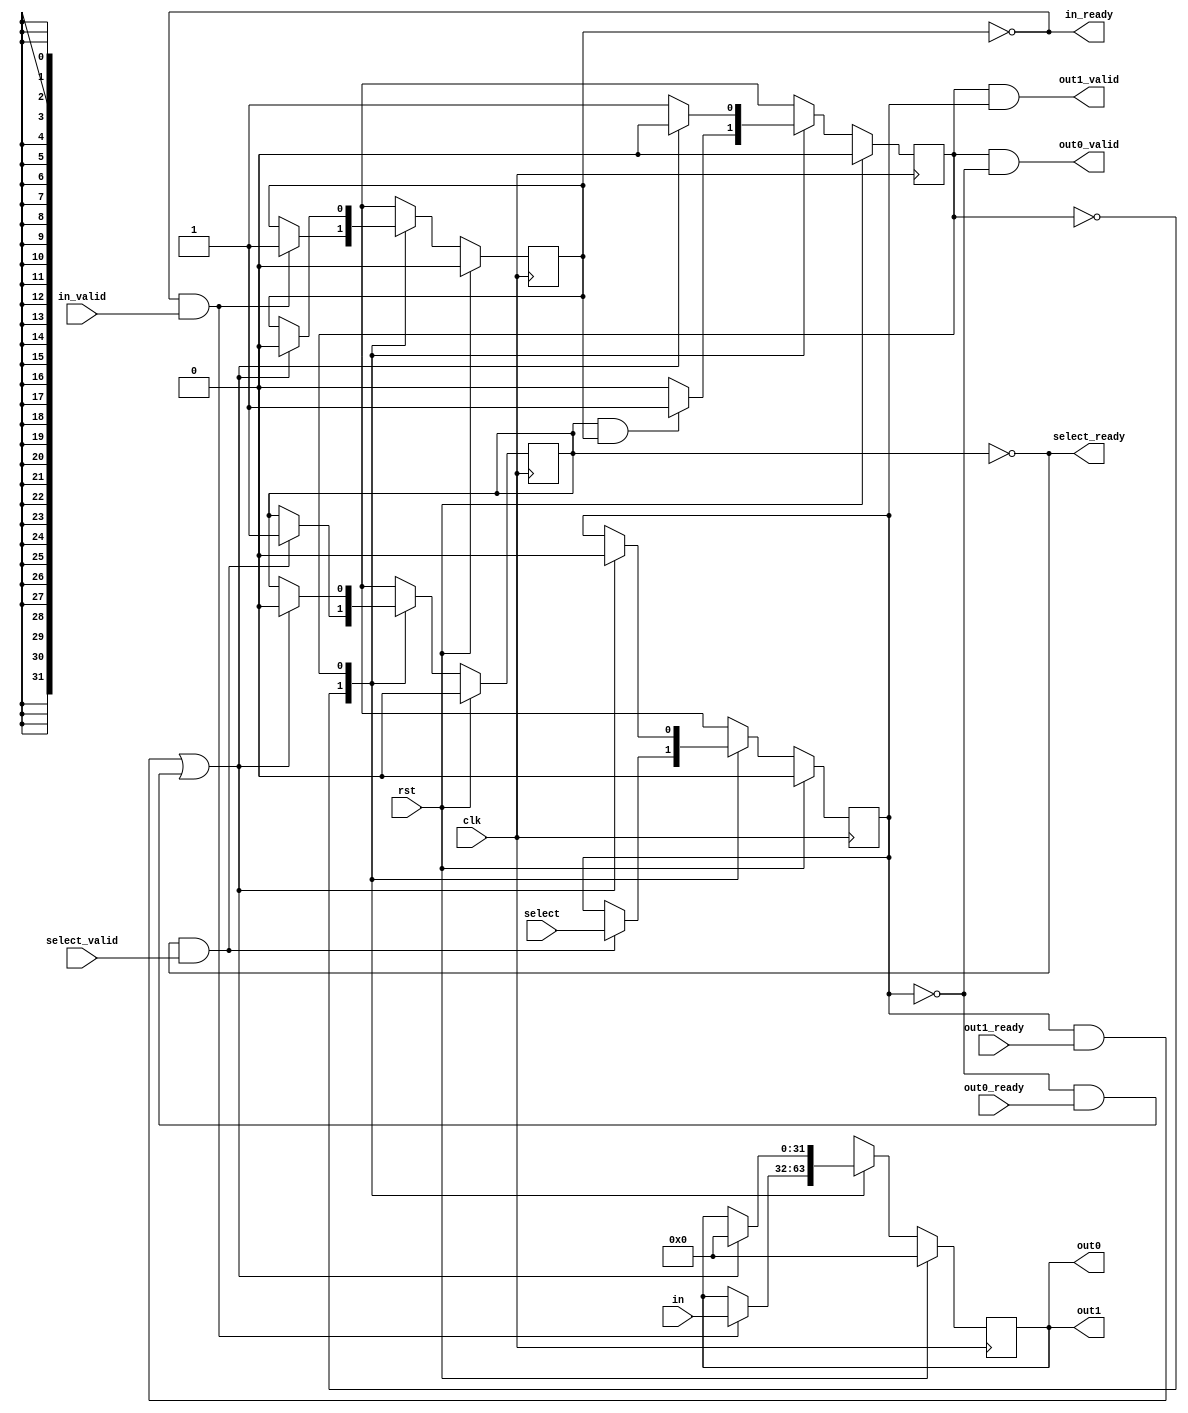
module fifo_demux2 #(
    parameter INPUT_WIDTH = 32
) (
    input clk,
    input rst,
    // input signal
    input [INPUT_WIDTH-1:0] in,
    input                   in_valid,
    output                  in_ready,
    // select signal
    input                   select,
    input                   select_valid,
    output                  select_ready,
    // output a
    output [INPUT_WIDTH-1:0] out0,
    output                   out0_valid,
    input                    out0_ready,
    // output b
    output [INPUT_WIDTH-1:0] out1,
    output                   out1_valid,
    input                    out1_ready
);
    
    localparam IDLE=0, DONE=1;
    reg state;

    reg select_buffer;
    reg [INPUT_WIDTH-1:0] in_buffer;
    reg select_set, in_set;

    wire result_ready;
    assign result_ready = ((select_buffer && out1_ready) || (!select_buffer && out0_ready));

    always @ (posedge clk) begin
        if (rst) begin
            state         <= IDLE;
            select_buffer <= 0;
            select_set    <= 0;
            in_buffer     <= 0;
            in_set        <= 0;
        end
        else begin
            case (state) 
                IDLE: begin
                    state         <= (select_set && in_set)        ? DONE   : IDLE;
                    select_buffer <= (!select_set && select_valid) ? select : select_buffer;
                    select_set    <= (!select_set && select_valid) ? 1      : select_set;
                    in_buffer     <= (!in_set && in_valid)         ? in     : in_buffer;
                    in_set        <= (!in_set && in_valid)         ? 1      : in_set;
                end
                DONE: begin
                    state         <= result_ready ? IDLE : DONE;
                    select_buffer <= result_ready ? 0    : select_buffer;
                    select_set    <= result_ready ? 0    : select_set;
                    in_buffer     <= result_ready ? 0    : in_buffer;
                    in_set        <= result_ready ? 0    : in_set;
                end
            endcase
        end
    end

    assign in_ready = !in_set;
    assign select_ready = !select_set;
    assign out0 = in_buffer;
    assign out0_valid = (state==DONE) && !select_buffer;
    assign out1 = in_buffer;
    assign out1_valid = (state==DONE) && select_buffer;

endmodule